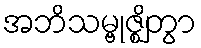
အဘိသမ္ဗုဇ္ဈိတွာ